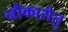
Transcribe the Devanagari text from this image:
नौकासेतु